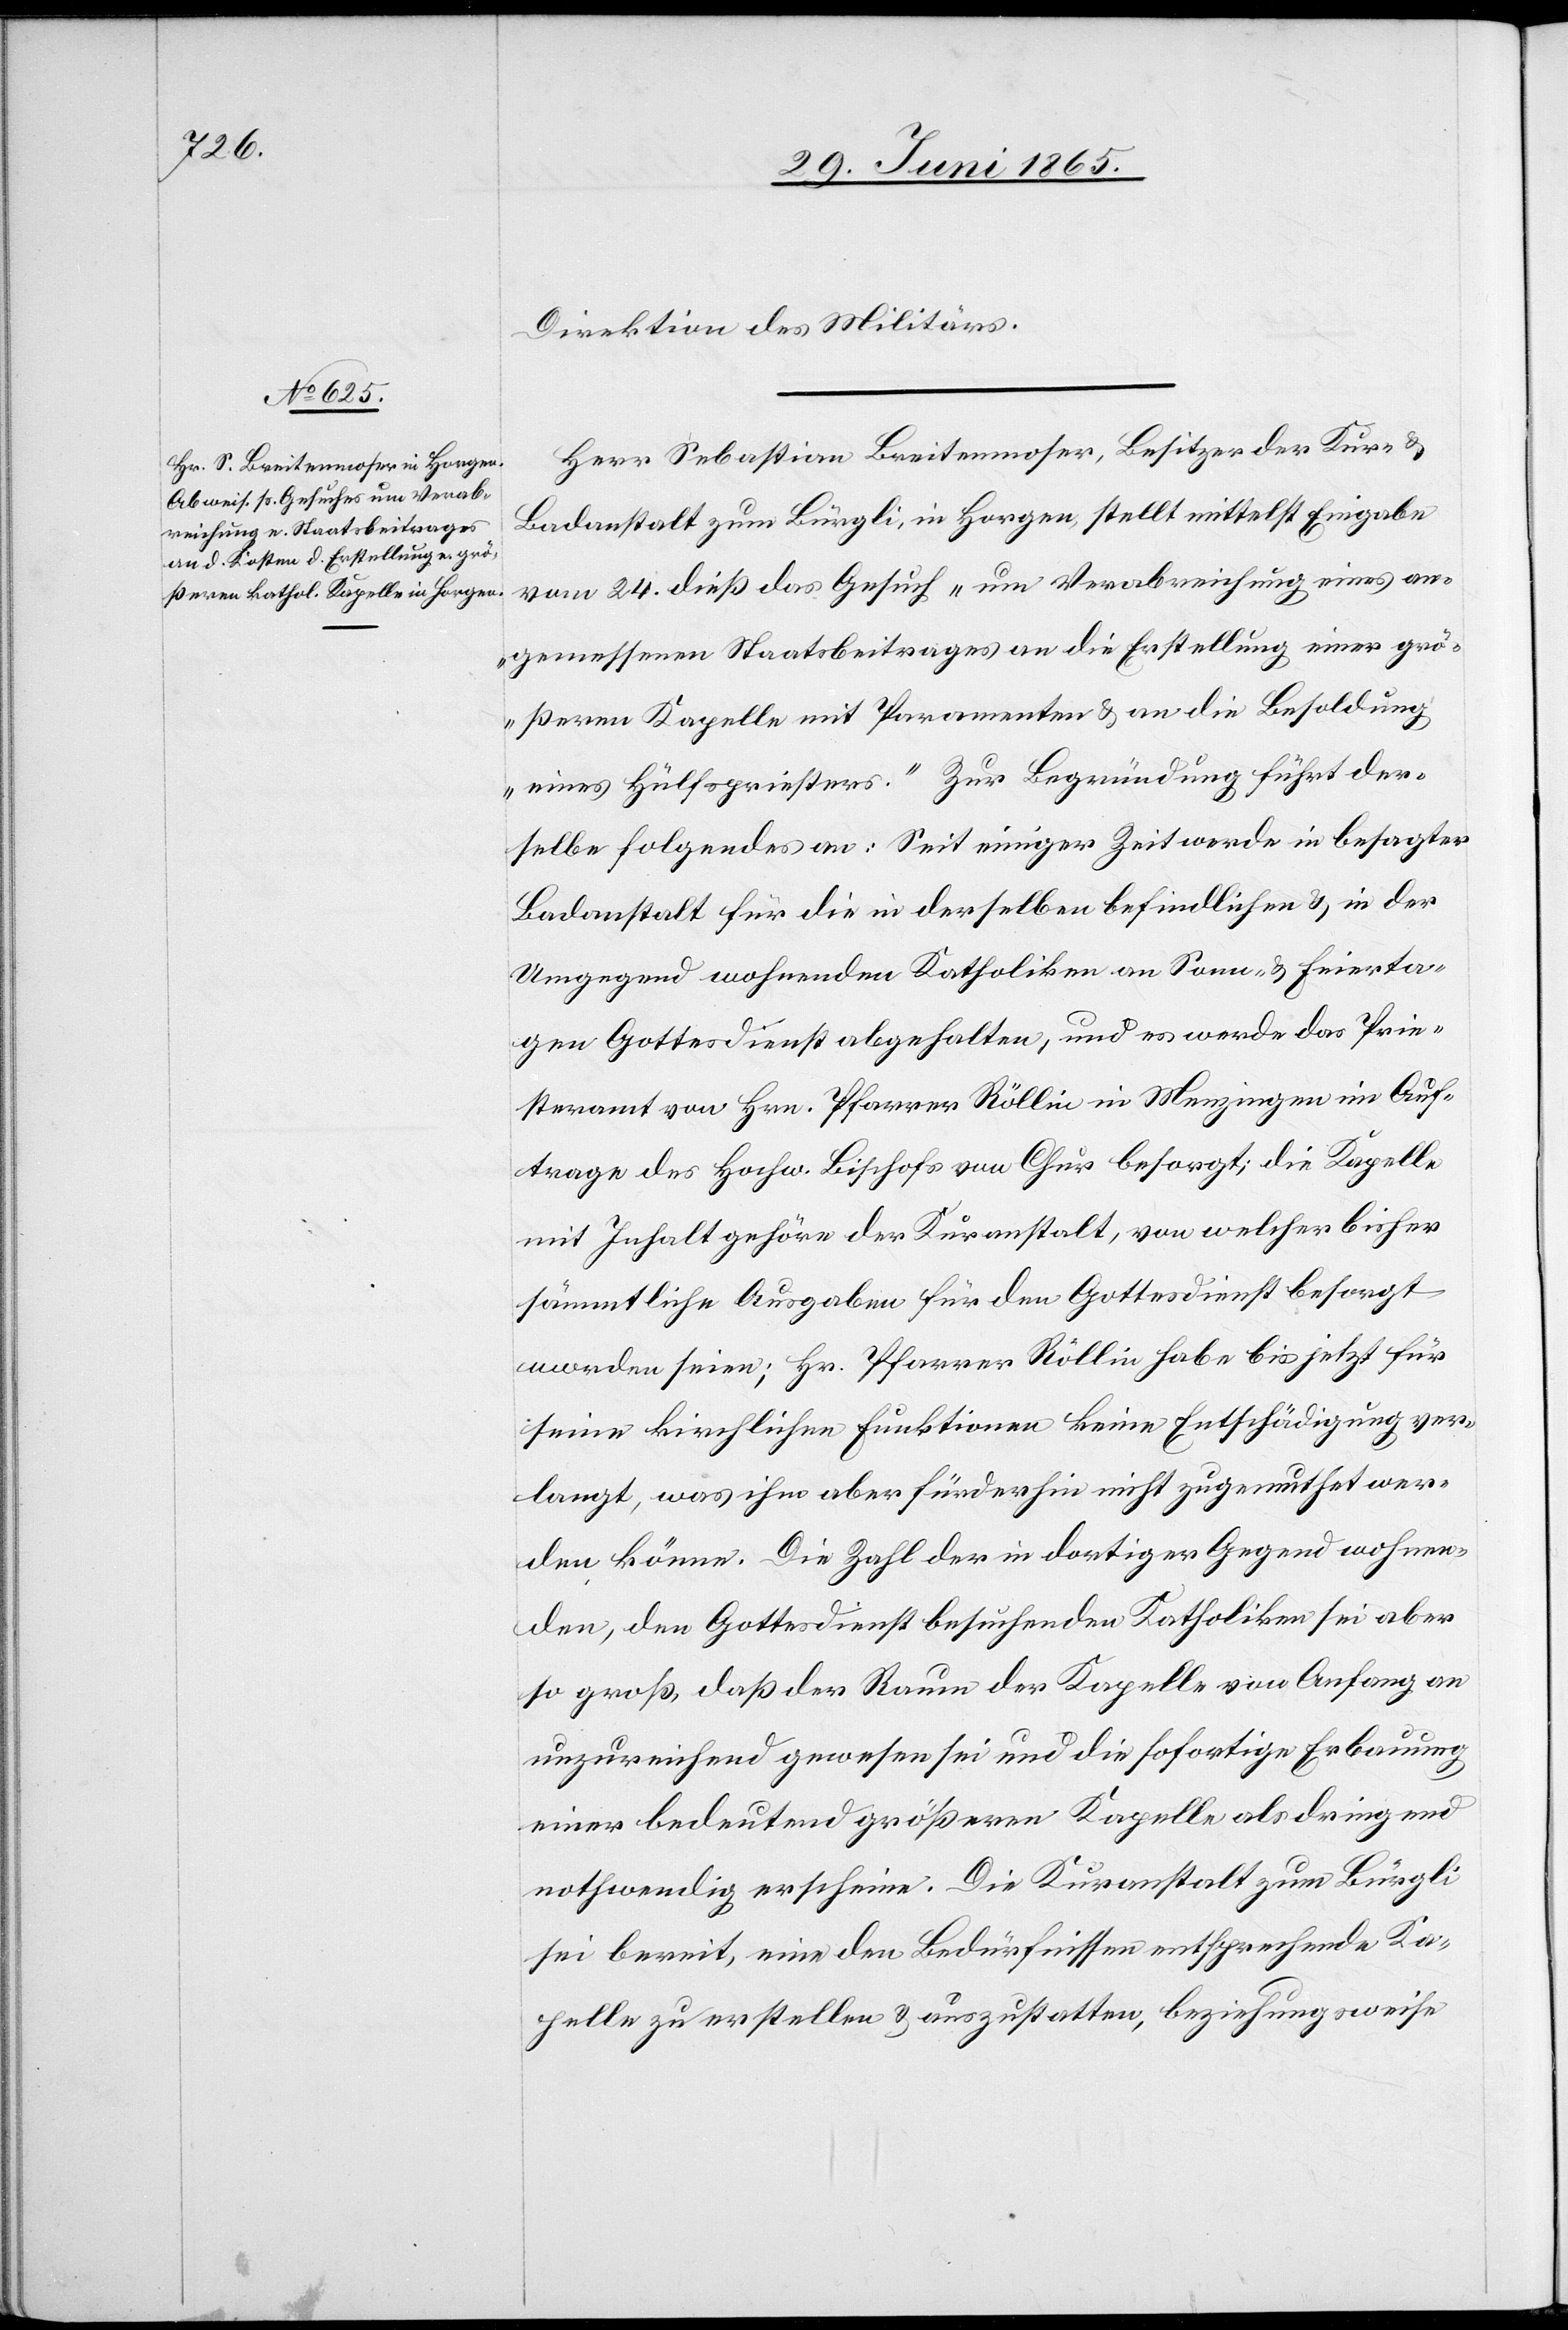
Direktion des Militärs.
Herr Sebastian Breitenmoser, Besitzer der Kur- &
Badanstalt zum Bürgli, in Horgen, stellt mittelst Eingabe
vom 24. dieß das Gesuch „um Verabreichung eines an¬
gemessenen Staatsbeitrages an die Erstellung einer grö¬
ßeren Kapelle mit Paramenten & an die Besoldung
eines Hülfspriesters.“ Zur Begründung führt der¬
selbe folgendes an: Seit einiger Zeit werde in besagter
Badanstalt für die in derselben befindlichen & in der
Umgegend wohnenden Katholiken an Sonn- & Feierta¬
gen Gottesdienst abgehalten, und es werde das Prie¬
steramt von Hrn. Pfarrer Röllin in Menzingen im Auf¬
trage des Hochw. Bischofs von Chur besorgt; die Kapelle
mit Inhalt gehöre der Kuranstalt, von welcher bisher
sämmtliche Ausgaben für den Gottesdienst besorgt
worden seien; Hr. Pfarrer Röllin habe bis jetzt für
seine kirchlichen Funktionen keine Entschädigung ver¬
langt, was ihm aber fürderhin nicht zugemuthet wer¬
den könne. Die Zahl der in dortiger Gegend wohnen¬
den, den Gottesdienst besuchenden Katholiken sei aber
so groß, daß der Raum der Kapelle von Anfang an
unzureichend gewesen sei und die sofortige Erbauung
einer bedeutend größeren Kapelle als dringend
nothwendig erscheine. Die Kuranstalt zum Bürgli
sei bereit, eine den Bedürfnissen entsprechende Ka¬
pelle zu erstellen & auszustatten, beziehungsweise